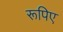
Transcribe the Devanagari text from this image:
रूपिए